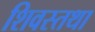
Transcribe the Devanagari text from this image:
शिवस्तथा